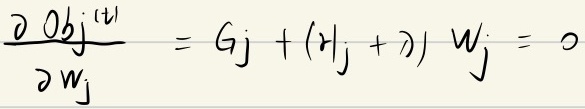
\[\frac{\partial Obj^{(t)}}{\partial w_j} = G_j + (H_j + \lambda) w_j = 0\]